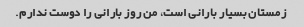
زمستان بسیار بارانی است، من روز بارانی را دوست ندارم.